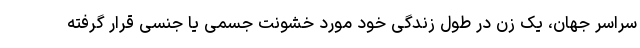
سراسر جهان، یک زن در طول زندگی خود مورد خشونت جسمی یا جنسی قرار گرفته‌